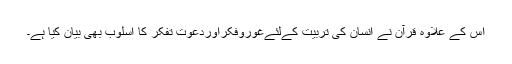
اس کے علاوہ قرآن نے انسان کی تربیّت کےلئےغوروفکراوردعوتِ تفکر کا اسلوب بھی بیان کیا ہے۔